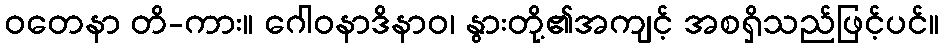
ဝတေနာ တိ-ကား။ ဂေါဝနာဒိနာဝ၊ နွားတို့၏အကျင့် အစရှိသည်ဖြင့်ပင်။